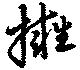
擁